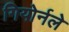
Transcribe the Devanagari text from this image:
गियोर्नले